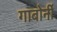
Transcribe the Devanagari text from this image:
गाबोर्नी